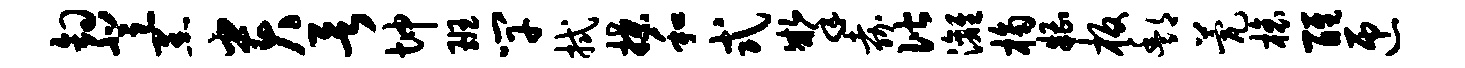
钩登黑贵欲坤班竿拭揲和式掣嘉偕漓桷糟板酆甍榱醒匝